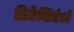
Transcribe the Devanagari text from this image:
प्रिटेन्डिएंडो